Report on sanitation, dispensaries, and jails in Rajputana for 1921, and on vaccination for the year 1921-1922 - 1921-1922
Year: 1921
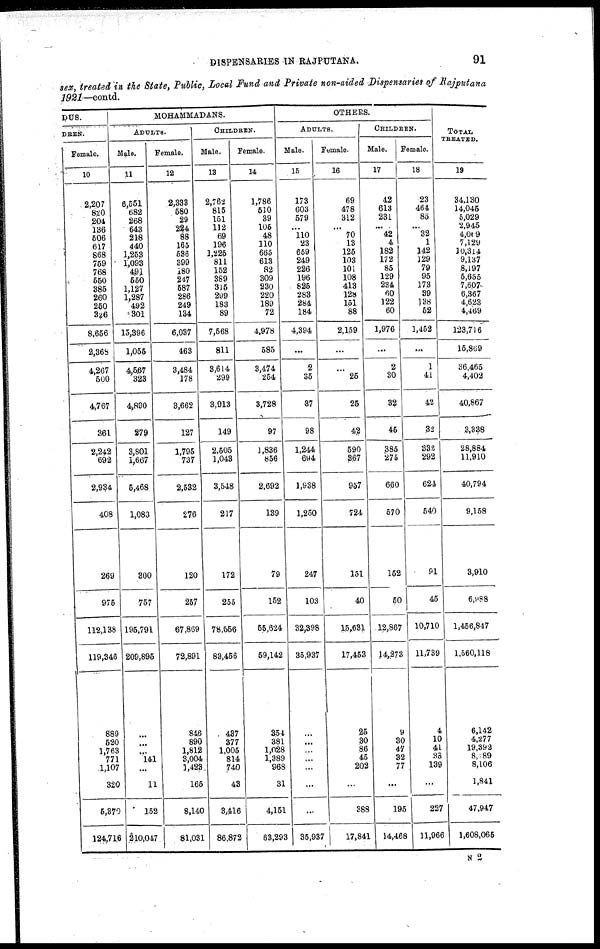
DISPENSARIES IN RAJPUTANA.
91
sex, treated in the State, Public, Local Fund and Private non-aided Dispensaries of Rajputana
1921—contd.
DUS.
DREN.
Female.
10
2,207
820
204
136
506
617
868
759
768
550
385
260
250
326
8,656
2,368
4,267
500
4,767
361
2,242
692
2,934
408
269
975
112,138
119,346
889
620
1,763
771
1,107
320
6,370
124,716
MOHAMMADANS.
ADULTS.
Male.
11
6,551
682
268
643
218
440
1,253
1,093
491
550
1,127
1,287
492
301
15,396
1,055
4,567
323
4,890
279
3,801
1,667
5,468
1,083
300
757
195,791
209,895
...
...
...
141
...
11
152
210,047
Female.
12
2,333
580
29
224
88
165
536
399
180
247
587
286
249
134
6,037
463
3,484
178
3,662
127
1,795
737
2,532
276
120
257
67,869
72,891
846
890
1,812
3,004
1,423
165
8,140
81,031
CHILDREN.
Male.
13
2,762
815
151
112
69
196
1,225
811
152
389
315
299
183
89
7,568
811
3,614
299
3,913
149
2,505
1,043
3,548
217
172
255
78,556
83,456
437
377
1,005
814
740
43
3,416
86,872
Female.
14
1,786
510
39
105
48
110
665
613
82
309
230
220
189
72
4,978
585
3,474
254
3,728
97
1,836
856
2,692
139
79
152
55,624
59,142
354
381
1,028
1,389
968
31
4,151
63,293
OTHERS.
ADULTS.
Male.
15
173
603
579
...
110
23
659
249
226
196
825
283
284
184
4,394
...
2
35
37
98
1,244
694
1,938
1,250
247
103
32,398
35,937
...
...
...
...
...
...
...
35,937
Female.
16
69
478
312
...
70
13
125
103
101
108
413
128
151
88
2,159
...
...
25
25
42
590
367
957
724
151
40
15,631
17,453
25
30
86
45
202
...
388
17,841
CHILDREN.
Male.
17
42
613
231
...
42
4
182
172
85
129
234
60
122
60
1,976
...
2
30
32
45
385
275
660
570
152
50
12,867
14,273
9
30
47
32
77
...
195
14,468
Female.
18
23
464
85
...
32
1
142
129
79
95
173
39
138
52
1,452
...
1
41
42
32
332
292
624
540
91
45
10,710
11,739
4
10
41
33
139
...
227
11,966
TOTAL
TREATED.
19
34,130
14,045
5,029
2,945
4,069
7,129
10,314
9,137
8,197
5,655
7,607
6,367
4,623
4,469
123,716
15,869
36,465
4,402
40,867
3,338
28,884
11,910
40,794
9,158
3,910
6,988
1,456,847
1,560,118
6,142
4,277
19,392
8,189
8,106
1,841
47,947
1,608,065
N 2